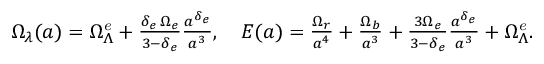
\begin{array} { r } { \Omega _ { \lambda } ( a ) = \Omega _ { \Lambda } ^ { \it e } + \frac { \delta _ { e } \, \Omega _ { e } } { 3 - \delta _ { e } } \frac { a ^ { \delta _ { e } } } { a ^ { 3 } } , \quad E ( a ) = \frac { \Omega _ { r } } { a ^ { 4 } } + \frac { \Omega _ { b } } { a ^ { 3 } } + \frac { 3 \Omega _ { e } } { 3 - \delta _ { e } } \frac { a ^ { \delta _ { e } } } { a ^ { 3 } } + \Omega _ { \Lambda } ^ { \it e } . } \end{array}